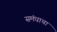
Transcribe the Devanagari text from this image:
समंधाचा